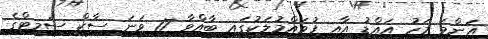
އަންމަ މަހު އައްޑު އާއި ފުވައްމުލަކުގައި ބާއްވާ 17 ވަނަ ސާކް ސަމިޓްގެ